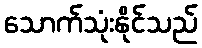
သောက်သုံးနိုင်သည်